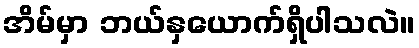
အိမ်မှာ ဘယ်နှယောက်ရှိပါသလဲ။